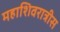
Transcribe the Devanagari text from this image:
महाशिवरात्रीस